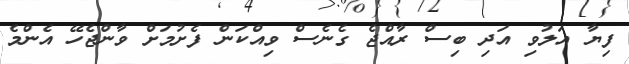
ފިޔާ އަލުވި އަދި ބިސް ރާއްޖެ ގެނެސް ވިއްކަން ފެށުމަށް ވާންޖެހޭ އެންމެ